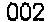
002